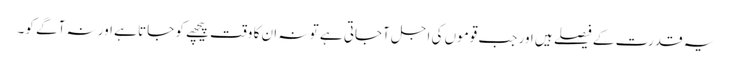
یہ قدرت کے فیصلے ہیں اور جب قوموں کی اجل آجاتی ہے تو نہ ان کا وقت پیچھے کو جاتا ہے اور نہ آگے کو۔